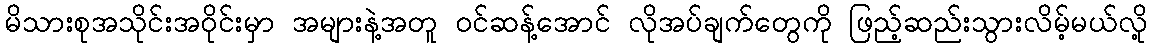
မိသားစုအသိုင်းအဝိုင်းမှာ အများနဲ့အတူ ဝင်ဆန့်အောင် လိုအပ်ချက်တွေကို ဖြည့်ဆည်းသွားလိမ့်မယ်လို့